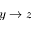
y \rightarrow z